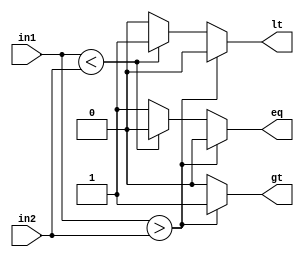
`timescale 1ns / 1ps
//////////////////////////////////////////////////////////////////////////////////
// Company: 
// Engineer: 
// 
// Design Name: 
// Module Name: comp2
// Project Name: 
// Target Devices: 
// Tool Versions: 
// Description: 
// 
// Dependencies: 
// 
// Revision:
// Revision 0.01 - File Created
// Additional Comments:
// 
//////////////////////////////////////////////////////////////////////////////////


module comp2(output reg gt,eq,lt, input in1,in2);
always @(*)
begin
    gt = 0;
    eq = 0;
    lt = 0;
    if(in1 > in2)
        gt = 1;
    else if(in1 < in2)
        lt = 1;
    else
        eq = 1;
end
endmodule